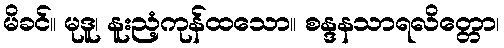
မိခင်။ မုဒူ၊ နူးညံ့ကုန်ထသော။ စန္ဒနသာရလိတ္တော၊